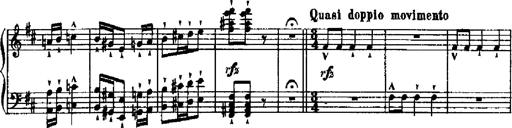
Title: RÃ©miniscences de Robert le diable
Composer: Franz Liszt